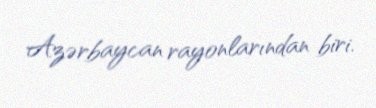
Azərbaycan rayonlarından biri.